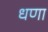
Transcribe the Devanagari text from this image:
धणा